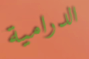
الدرامية